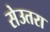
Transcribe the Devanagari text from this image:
सेउतरा